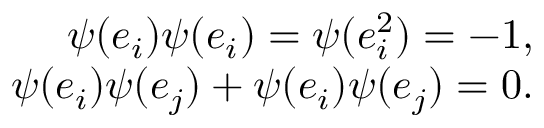
\begin{array} { r } { \psi ( e _ { i } ) \psi ( e _ { i } ) = \psi ( e _ { i } ^ { 2 } ) = - 1 , } \\ { \psi ( e _ { i } ) \psi ( e _ { j } ) + \psi ( e _ { i } ) \psi ( e _ { j } ) = 0 . } \end{array}